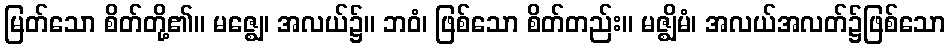
မြတ်သော စိတ်တို့၏။ မဇ္ဈေ၊ အလယ်၌။ ဘဝံ၊ ဖြစ်သော စိတ်တည်း။ မဇ္ဈိမံ၊ အလယ်အလတ်၌ဖြစ်သော